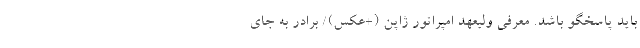
باید پاسخگو باشد. معرفی ولیعهد امپراتور ژاپن (+عکس)/ برادر به جای